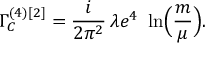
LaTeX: \Gamma _ { C } ^ { ( 4 ) [ 2 ] } = \frac { i } { 2 \pi ^ { 2 } } \, \lambda e ^ { 4 } \, \, \ln \Bigl ( \frac { m } { \mu } \Bigr ) .